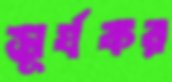
সূর্যকর